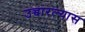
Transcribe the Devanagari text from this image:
उच्चारल्यास